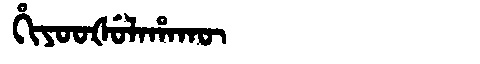
Manchu: ᡥᡳᠶᠣᠣᡧᡠᠯᠠᡥᠠᡴᡡ
Romanization: HIYOOŠULAHAKŪ